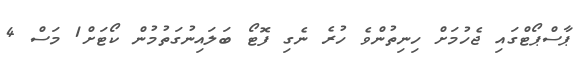
ޕާސްޕޯޓްގައި ޖެހުމަށް ހިނިތުންވެ ހުރެ ނެގި ފޮޓޯ ބަލައިނުގަތުމުން ކޯޓަށް1 މަސް 4